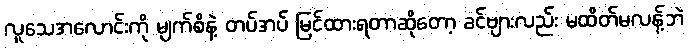
လူသေအလောင်းကို မျက်စိနဲ့ တပ်အပ် မြင်ထားရတာဆိုတော့ ခင်ဗျားလည်း မထိတ်မလန့်ဘဲ